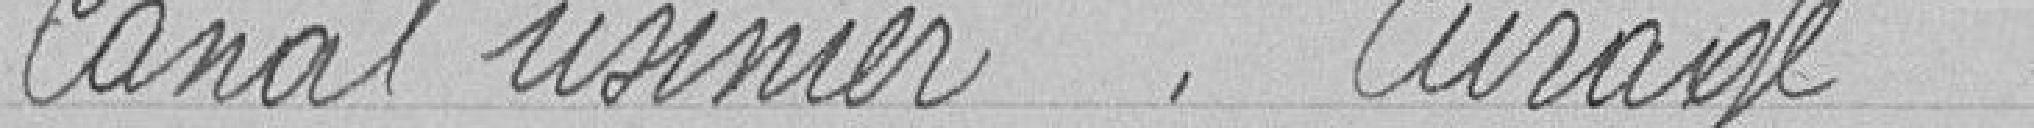
Canal usinier.. Curage